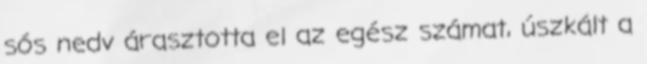
sós nedv árasztotta el az egész számat, úszkált a